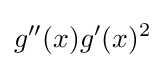
g''(x)g'(x)^{2}